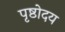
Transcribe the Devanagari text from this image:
पृष्ठोदय